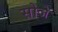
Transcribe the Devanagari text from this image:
सोजे